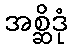
အစ္ဆိဒုံ